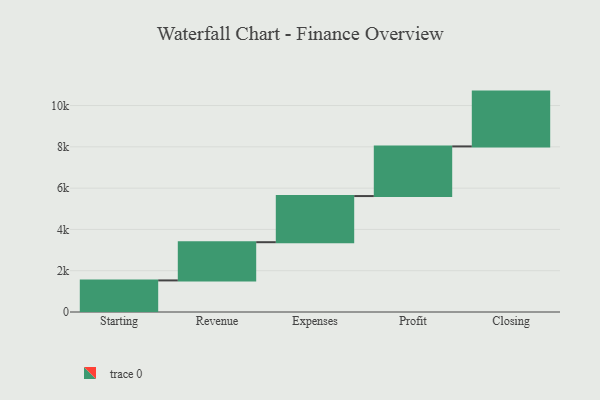
{"axis": {"x": "Step", "y": "Value"}, "legend": [""], "data": [{"x": "Starting", "y": 1530.0, "type": ""}, {"x": "Revenue", "y": 1851.0, "type": ""}, {"x": "Expenses", "y": 2235.0, "type": ""}, {"x": "Profit", "y": 2405.0, "type": ""}, {"x": "Closing", "y": 2655.0, "type": ""}]}